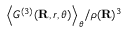
{ \left\langle { G ^ { ( 3 ) } } ( \mathbf { R } , r , \theta ) \right\rangle _ { \theta } } / { \rho ( \mathbf { R } ) ^ { 3 } }